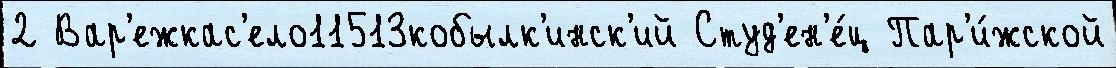
2 Вар'ежкас'ело11513кобылк'инск'ий Студ'ен'е́ц Пар'и́жской